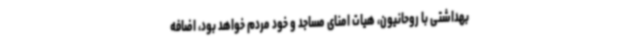
بهداشتی با روحانیون، هیات امنای مساجد و خود مردم خواهد بود، اضافه